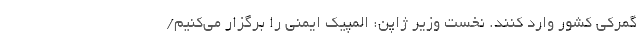
گمرکی کشور وارد کنند. نخست وزیر ژاپن: المپیک ایمنی را برگزار می‌کنیم/